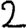
Digit: 2